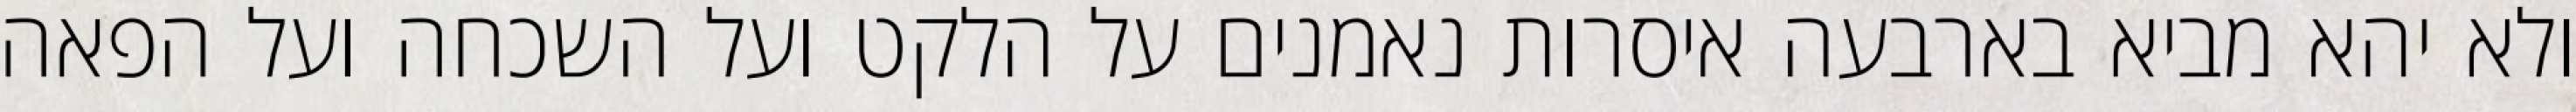
ולא יהא מביא בארבעה איסרות נאמנים על הלקט ועל השכחה ועל הפאה